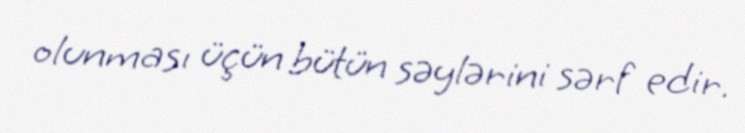
olunması üçün bütün səylərini sərf edir.